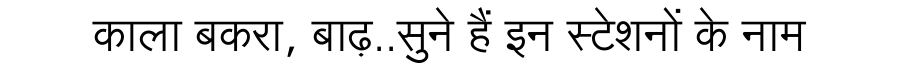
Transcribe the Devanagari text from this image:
काला बकरा, बाढ़..सुने हैं इन स्टेशनों के नाम